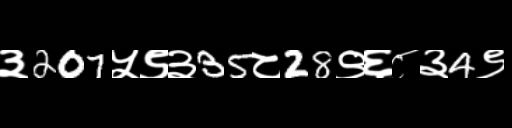
Text: ३207५९३35८28९६८३4९